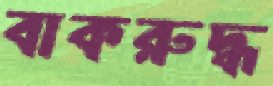
বাকরুদ্ধ